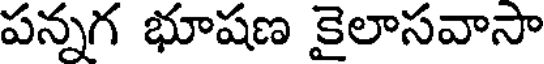
పన్నగ భూషణ కైలాసవాసా